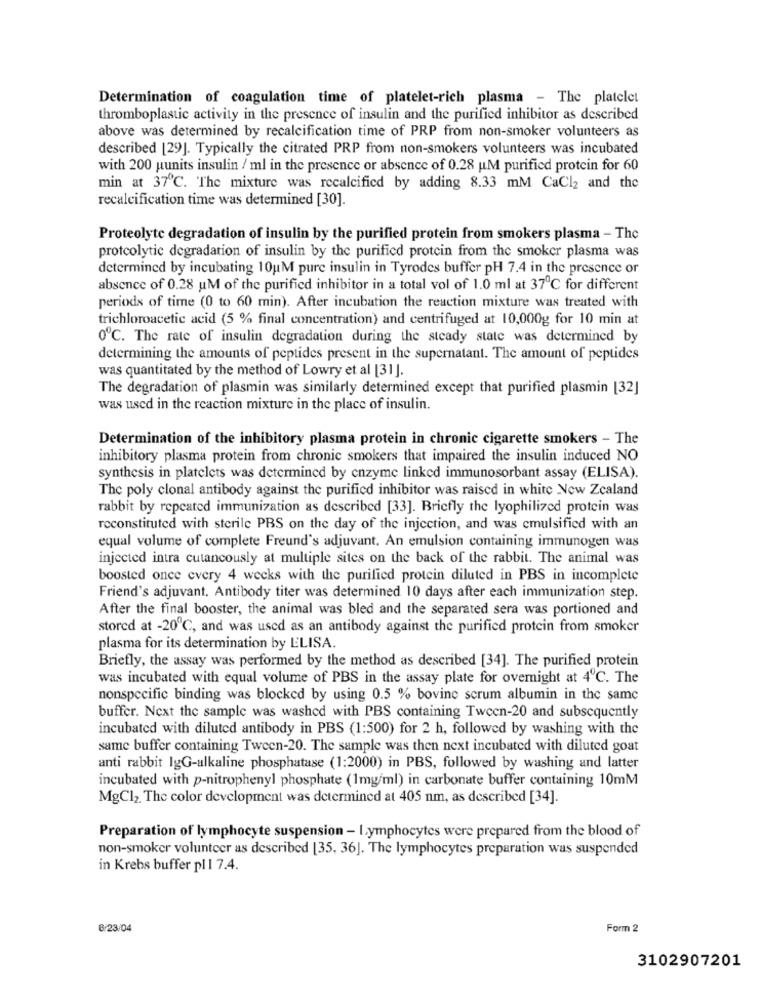
Determination of coagulation time of platelet-rich plasma - The platelet
thromboplastic activity in the presence of insulin and the purified inhibitor as described
above was determined by recalcification time of PRP from non-smoker volunteers as
described [29]. Typically the citrated PRP from non-smokers volunteers was incubated
with 200 uunits insulin / ml in the presence or absence of 0.28 u.M purified protein for 60
min at 37℃. The mixture was recalcified by adding 8.33 mM CaCl2 and the
recalcification time was determined [30].
Proteolyte degradation of insulin by the purified protein from smokers plasma - The
protcolytic degradation of insulin by the purified protein from the smoker plasma was
determined by incubating 10uM pure insulin in Tyrodes buffer pH 7.4 in the presence or
absence of 0.28 uM of the purified inhibitor in a total vol of 1.0 ml at 37℃ for different
periods of time (0 to 60 min). After incubation the reaction mixture was treated with
trichloroacetic acid (5 % final concentration) and centrifuged at 10,000g for 10 min at
0℃. The rate of insulin degradation during the steady state was determined by
determining the amounts of peptides present in the supernatant. The amount of peptides
was quantitated by the method of Lowry et al [31].
The degradation of plasmin was similarly determined except that purified plasmin [32]
was used in the reaction mixture in the place of insulin.
Determination of the inhibitory plasma protein in chronic cigarette smokers - The
inhibitory plasma protein from chronic smokers that impaired the insulin induced NO
synthesis in platelets was determined by enzyme linked immunosorbant assay (ELISA).
The poly clonal antibody against the purified inhibitor was raised in white New Zealand
rabbit by repeated immunization as described [33]. Briefly the lyophilized protein was
reconstituted with sterile PBS on the day of the injection, and was emulsified with an
equal volume of complete Freund's adjuvant. An emulsion containing immunogen was
injected intra cutaneously at multiple sites on the back of the rabbit. The animal was
boosted once every 4 weeks with the purified protein diluted in PBS in incomplete
Friend's adjuvant. Antibody titer was determined 10 days after each immunization step.
After the final booster, the animal was bled and the separated sera was portioned and
stored at -20℃, and was used as an antibody against the purified protein from smoker
plasma for its determination by ELISA.
Briefly, the assay was performed by the method as described [34]. The purified protein
was incubated with equal volume of PBS in the assay plate for overnight at 4℃. The
nonspecific binding was blocked by using 0.5 % bovine serum albumin in the same
buffer. Next the sample was washed with PBS containing Tween-20 and subsequently
incubated with diluted antibody in PBS (1:500) for 2 h, followed by washing with the
same buffer containing Tween-20. The sample was then next incubated with diluted goat
anti rabbit lgG-alkaline phosphatase (1:2000) in PBS, followed by washing and latter
incubated with p-nitrophenyl phosphate (1mg/ml) in carbonate buffer containing 10mM
MgCl2. The color development was determined at 405 nm, as described [34].
Preparation of lymphocyte suspension - Lymphocytes were prepared from the blood of
non-smoker volunteer as described [35, 36]. The lymphocytes preparation was suspended
in Krebs buffer pl 1 7.4.
6/23/04
Form 2
3102907201